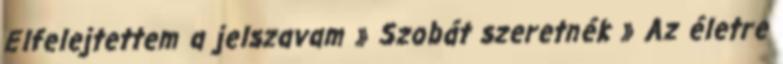
Elfelejtettem a jelszavam » Szobát szeretnék » Az életre